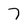
Character: 7